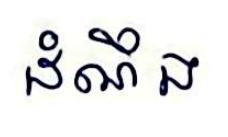
ដំណឹង